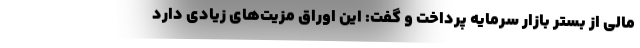
مالی از بستر بازار سرمایه پرداخت و گفت: این اوراق مزیت‌های زیادی دارد